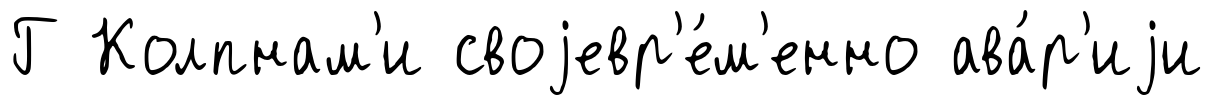
Г Колпнам'и своjевр'е́м'енно ава́р'иjи